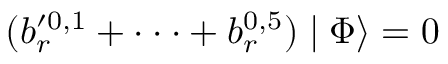
( b _ { r } ^ { \prime 0 , 1 } + \cdot \cdot \cdot + b _ { r } ^ { 0 , 5 } ) \mid \Phi \rangle = 0